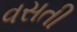
વસતી